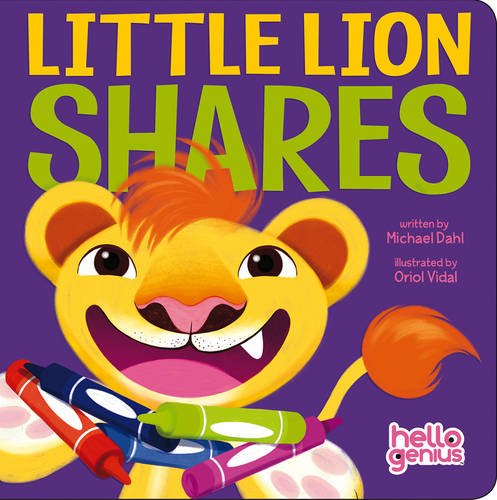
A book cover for Little Lion Shares (Hello Genius); Michael Dahl; Children's Books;